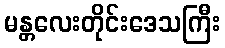
မန္တလေးတိုင်းဒေသကြီး